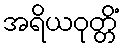
အရိယဝုတ္တိံ